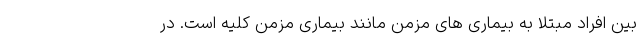
بین افراد مبتلا به بیماری های مزمن مانند بیماری مزمن کلیه است. در